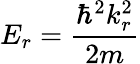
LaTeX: E_{r}=\frac{\hbar^{2}k_{r}^{2}}{2m}